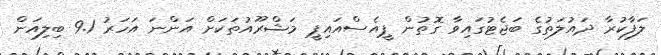
ލަފާކުރާ ދައުލަތުގެ ބަޖެޓުގައިވާ ގޮތުން ޕީއެސްއައިޕީ މަޝްރޫއުތަކަށް އަންނަ އަހަރު 9.1 ބިލިއަން